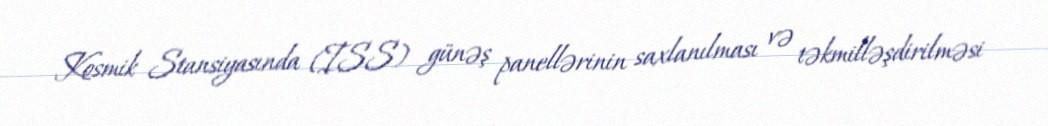
Kosmik Stansiyasında (ISS) günəş panellərinin saxlanılması və təkmilləşdirilməsi